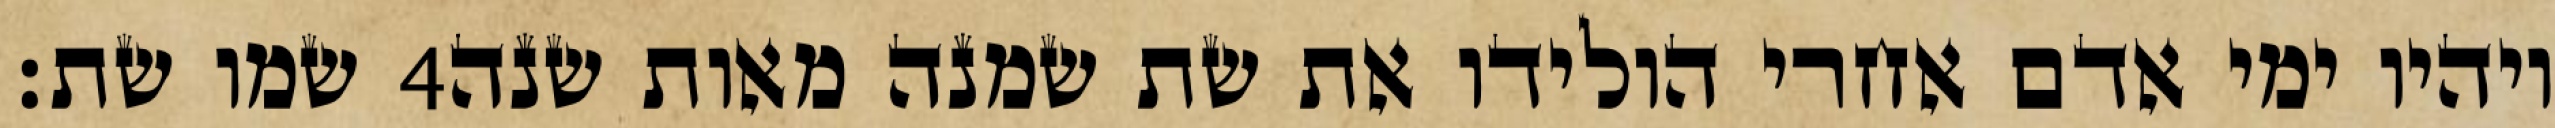
שמו שת׃ ‎4‏ ויהיו ימי אדם אחרי הולידו את שת שמנה מאות שנה